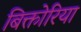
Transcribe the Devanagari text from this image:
बिक्तोरिया